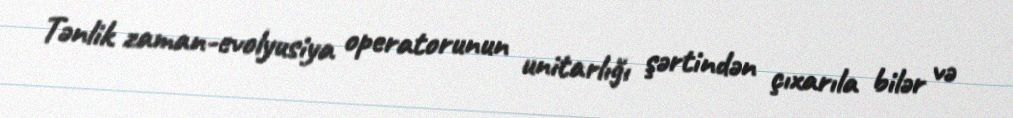
Tənlik zaman-evolyusiya operatorunun unitarlığı şərtindən çıxarıla bilər və